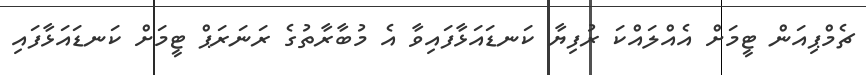
ޗެމްޕިއަން ޓީމަށް އެއްލައްކަ ރުފިޔާ ކަނޑައަޅާފައިވާ އެ މުބާރާތުގެ ރަނަރަޕް ޓީމަށް ކަނޑައަޅާފައި